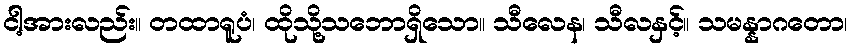
ငါ့အားလည်း။ တထာရူပံ၊ ထိုသို့သဘောရှိသော။ သီလေန၊ သီလနှင့်။ သမန္နာဂတော၊